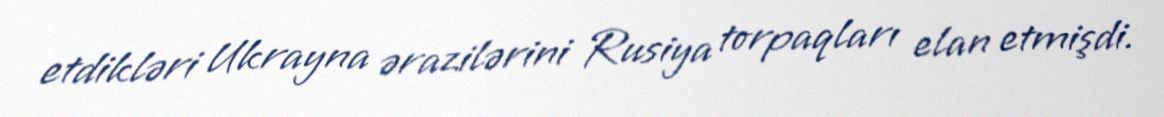
etdikləri Ukrayna ərazilərini Rusiya torpaqları elan etmişdi.